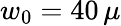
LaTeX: w_{0}=40\, \mu